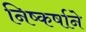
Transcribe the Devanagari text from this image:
निष्कर्षाने